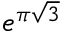
e ^ { \pi { \sqrt { 3 } } }